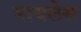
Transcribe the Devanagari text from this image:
मायलेस